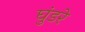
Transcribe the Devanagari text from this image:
घुंडरे